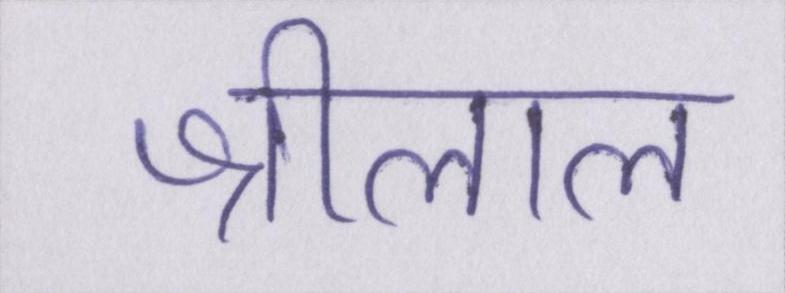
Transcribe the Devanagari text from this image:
श्रीलाल